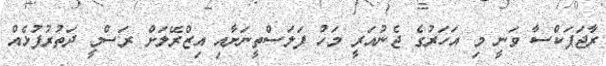
ރާޖަޕަކްސާ ވަނީ މި އަހަރުގެ ޖެނުއަރީ މަހު ފަލަސްތީނަށާއި އިޒްރޭލަށް ރަސްމީ ދަތުރުފުޅެއް